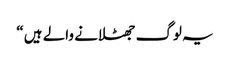
یہ لوگ جھٹلانے والے ہیں “